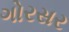
ગોરસર